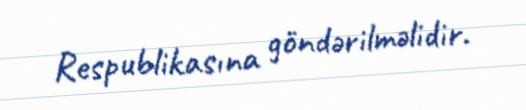
Respublikasına göndərilməlidir.